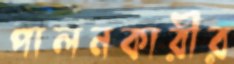
পালনকারীর